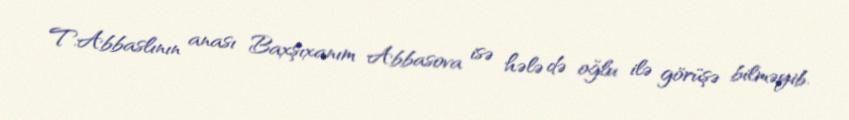
T.Abbaslının anası Baxşıxanım Abbasova isə hələ də oğlu ilə görüşə bilməyib.